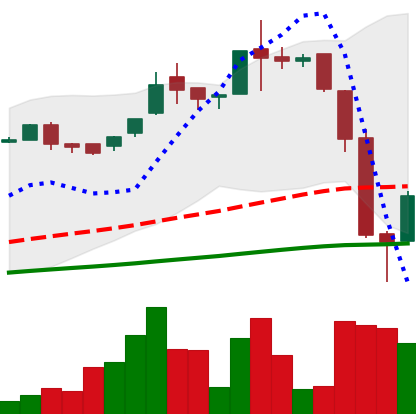
Ticker: LTC-USD
Chart end date: 2016-06-24
Forward return: -5.076%
Label: down_5_7